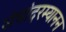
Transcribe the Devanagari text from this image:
संघांदरम्यानन